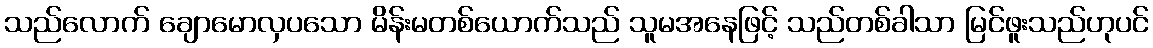
သည်လောက် ချောမောလှပသော မိန်းမတစ်ယောက်သည် သူမအနေဖြင့် သည်တစ်ခါသာ မြင်ဖူးသည်ဟုပင်